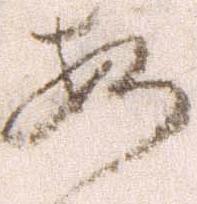
安